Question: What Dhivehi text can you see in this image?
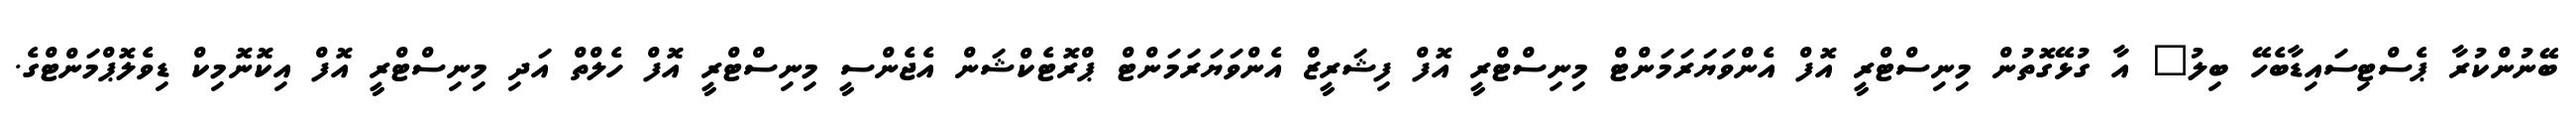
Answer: ބޭނުންކުރާ ޕެސްޓިސައިޑާބެހޭ ބިލު" އާ ގުޅޭގޮތުން މިނިސްޓްރީ އޮފް އެންވަޔަރަމަންޓް މިނިސްޓްރީ އޮފް ފިޝަރީޒް އެންވަޔަރަމަންޓް ޕްރޮޓެކްޝަން އެޖެންސީ މިނިސްޓްރީ އޮފް ހެލްތް އަދި މިނިސްޓްރީ އޮފް އިކޮނޮމިކް ޑިވެލޮޕްމަންޓްގެ.